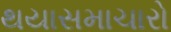
થયાસમાચારો